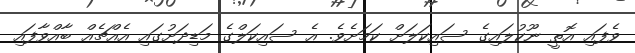
ވެފައި އޮތީ ނޫކުލައިގެ ސައިކަލަށް ކަމަށެވެ. އެ ސައިކަލްގެ މަޑިދަށުގައި އެއްޗެއް ބާއްވާފައި